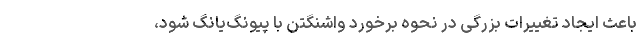
باعث ایجاد تغییرات بزرگی در نحوه برخورد واشنگتن با پیونگ‌یانگ شود،